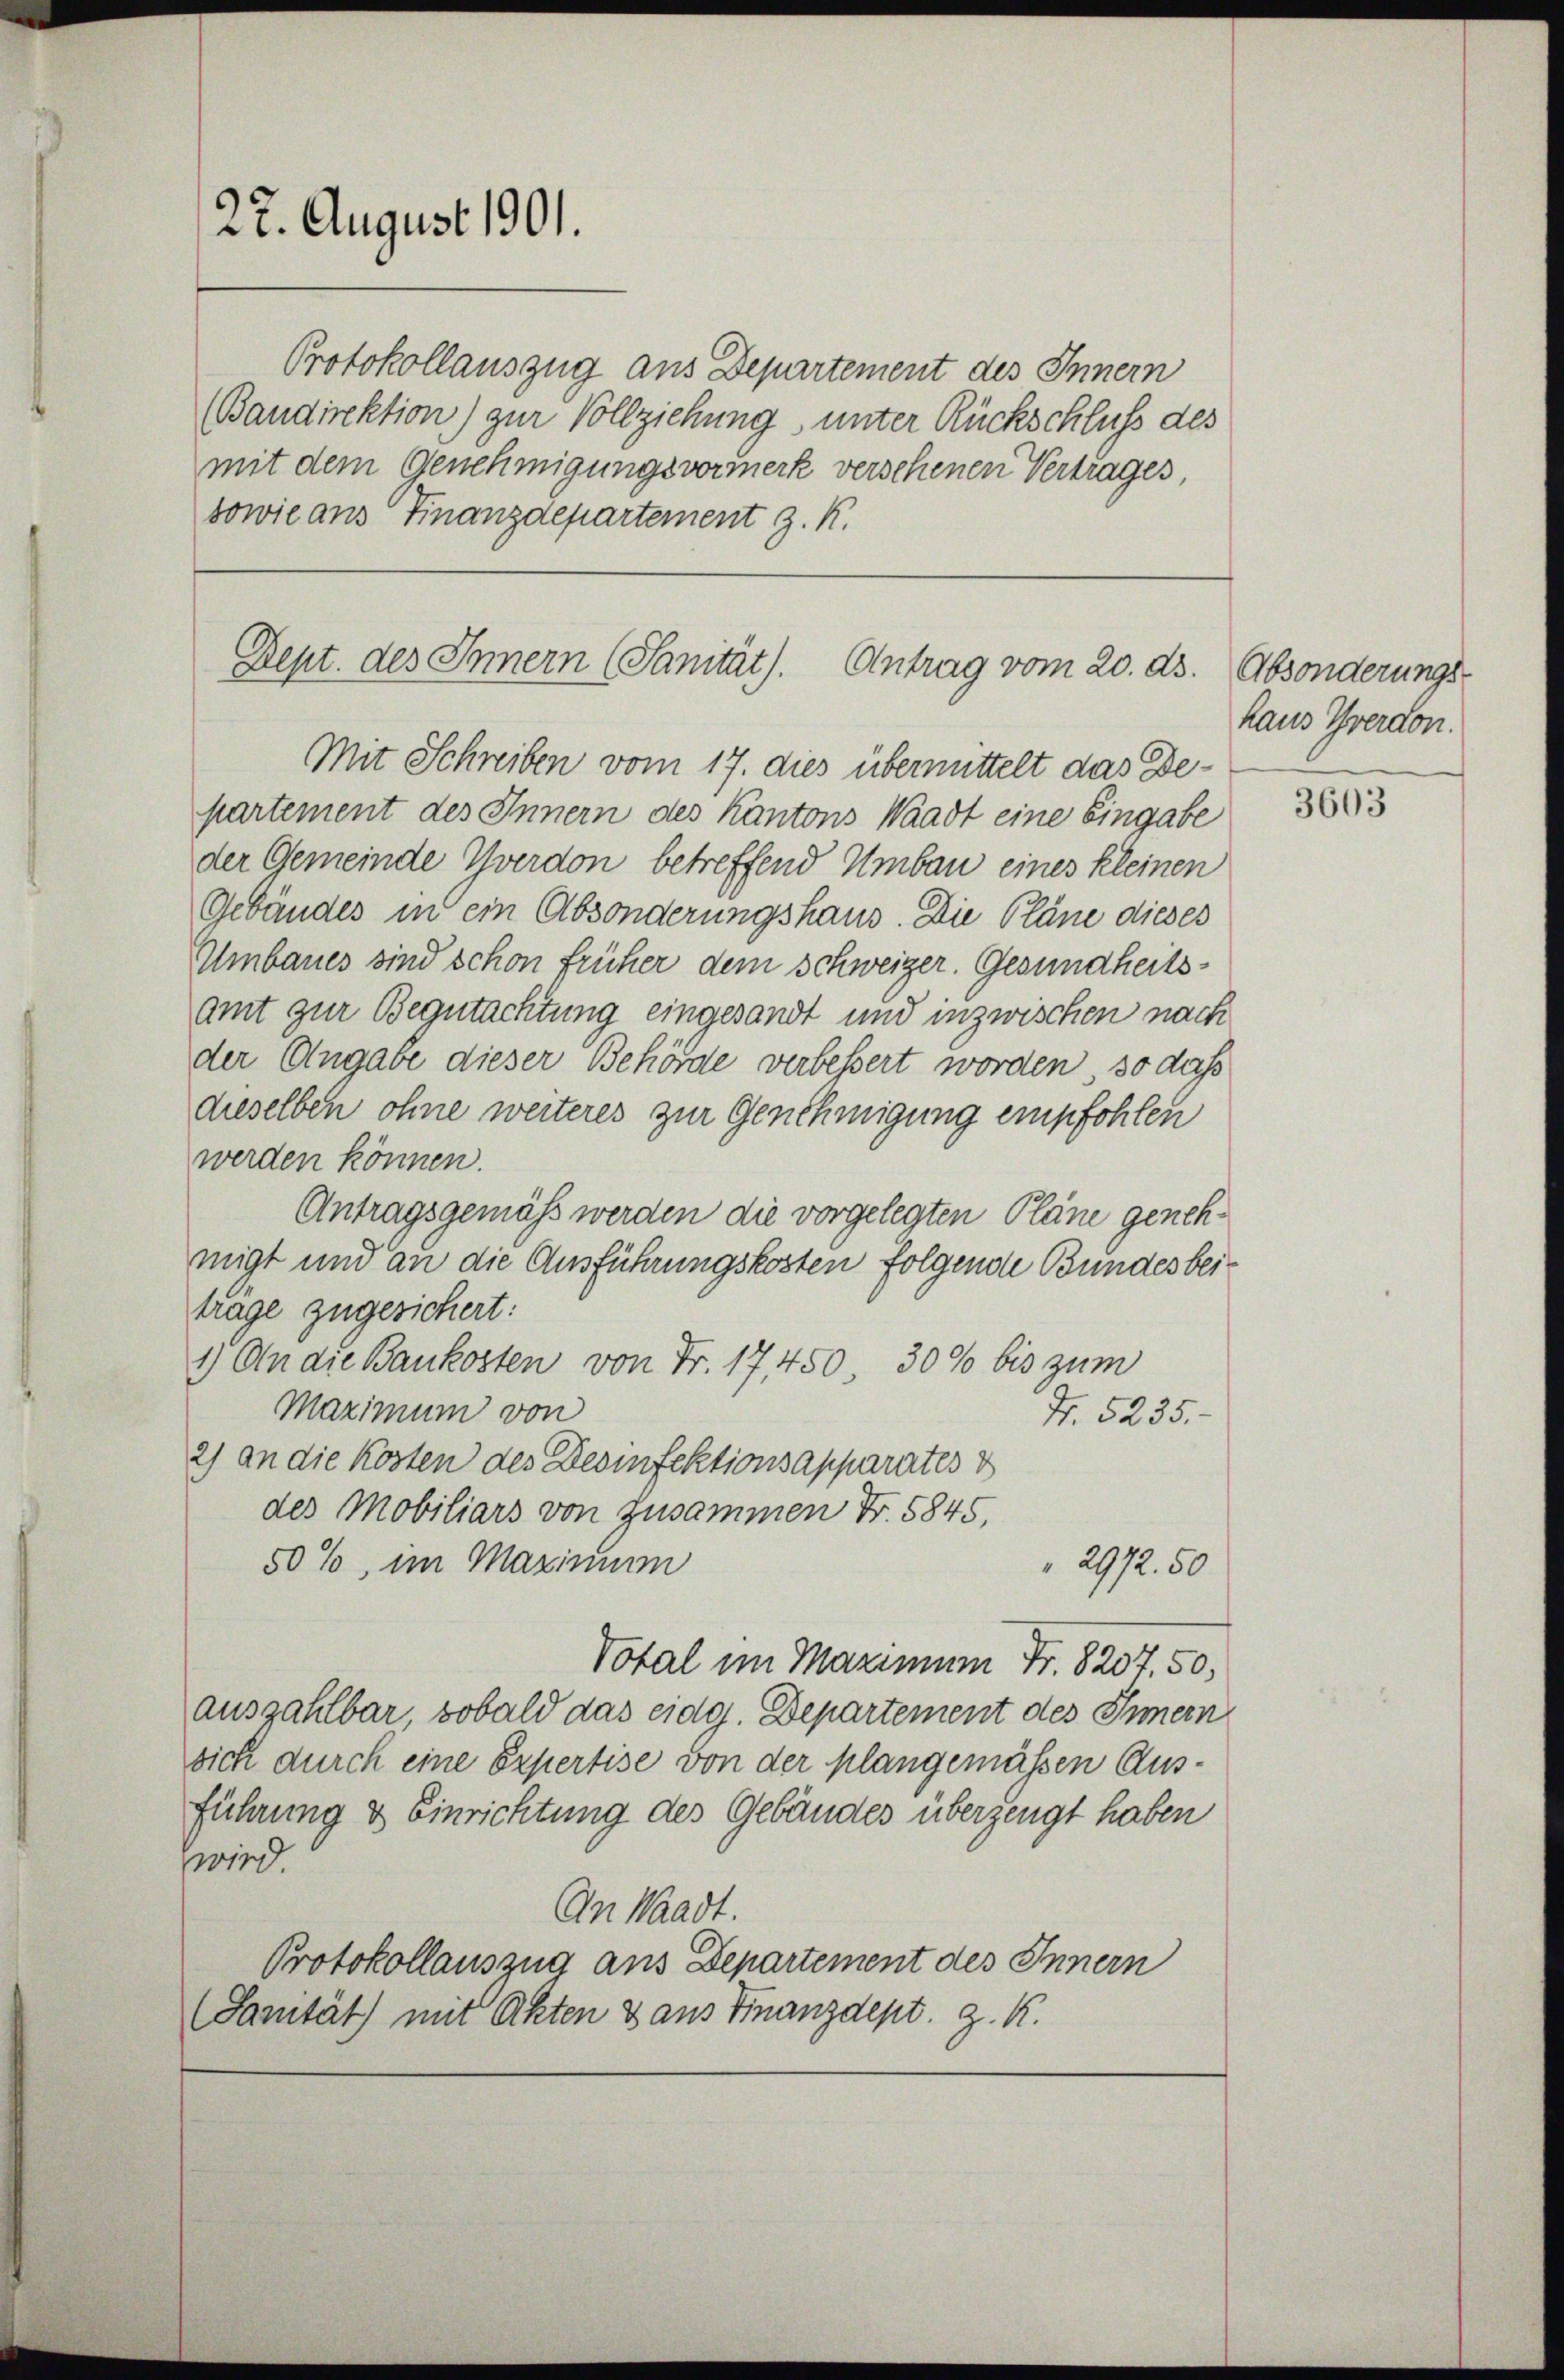
22. August 1901.

Protokollauszug aus Departement des Innern
(Bandirektion) zur Vollziehung unter Rückschluß des
mit dem Genehmigungsvormerk versehenen Vertrages
sowie aus Finanzdepartement z. K.

Dept. des Innern (Sanität). Antrag vom 20. ds.

Mit Schreiben vom 17. dies übermittelt das Bepartement des Innern des Kantons Waadt eine Eingabe
der Gemeinde Yverdon betreffend Umbau eines kleinen
Gebäudes in ein Absonderungshaus. Die Pläne dieses
Umbaues sind schon früher dem schweizer. Gesundheitsamt zur Begutachtung eingesandt und inzwischen nach
der Angabe dieser Behörde verbessert worden, so daß
dieselben ohne weiteres zur Genehmigung empfohlen
werden können.
Antragsgemäss werden die vorgelegten Pläne genehmigt und an die Ausführungskosten folgende Bundesbeitrage zugesichert:
1.) An die Baukosten von Fr. 17450 30% bis zum
Maximum von
Fr. 5235.
2) an die Kosten des Desinfektionsapparates d
des Mobiliars von zusammen Fr. 5845,
50%, im Maximum
" 2972. 50
Votal im Maximum Fr. 8207. 50,
auszahlbar, sobald das eidg. Departement des Innern
sich durch eine Expertise von der plangemässen Ausführung & Einrichtung des Gebäudes überzeugt haben
wird.
An Waadt.
Protokollauszug aus Departement des Innern
(Sanität) mit Akten & aus Finanzdept. z. K.

Absonderungs-
haus Yverdon.

3603